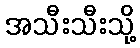
အသီးသီးသို့